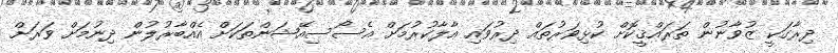
ދިރާގަކީ ޒުވާނުން ތަރައްޤީކޮށް ކުޅިވަރުތައް ދިރުވައި އާލާކުރުމަށް އެސޯސިއޭޝަންތަކަށް އެއްބާރުލުން ދިނުމަށް ވަރަށް